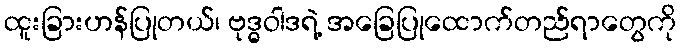
ထူးခြားဟန်ပြုတယ်၊ ဗုဒ္ဓဝါဒရဲ့ အခြေပြုထောက်တည်ရာတွေကို